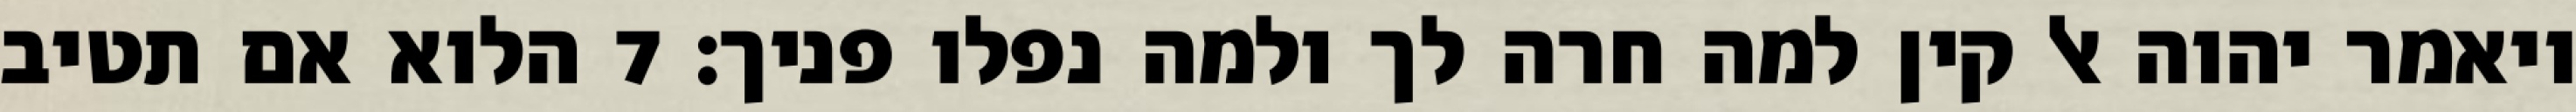
ויאמר יהוה אל קין למה חרה לך ולמה נפלו פניך׃ ‎7‏ הלוא אם תטיב